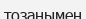
тозаңымен